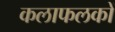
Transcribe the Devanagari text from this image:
कलाफलकों